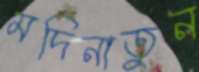
মদিনাতুন